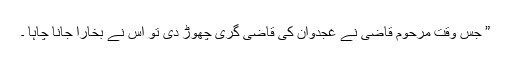
” جس وقت مرحوم قاضی نے غجدوان کی قاضی گری چھوڑ دی تو اس نے بخارا جانا چاہا ۔